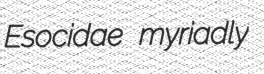
Esocidae myriadly